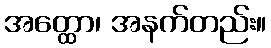
အတ္ထော၊ အနက်တည်း။